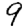
Digit: 9